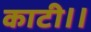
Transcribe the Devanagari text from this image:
काटी।।